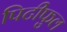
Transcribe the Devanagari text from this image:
पिटीफुल